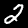
Label: 2